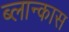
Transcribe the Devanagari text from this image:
ब्लान्कास